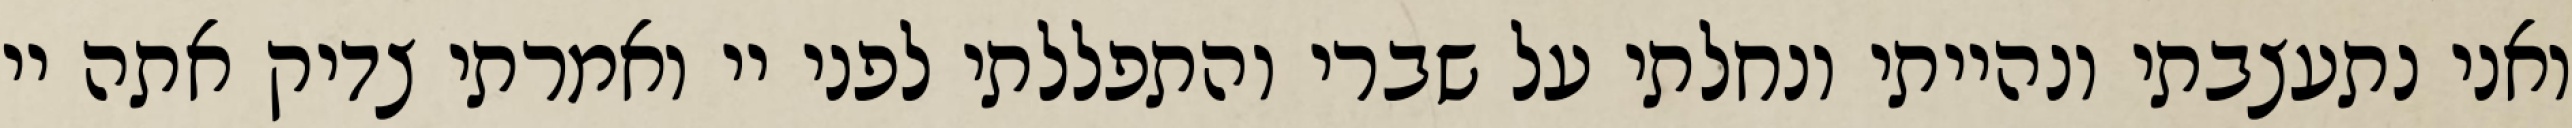
ואני נתעצבתי ונהייתי ונחלתי על שברי והתפללתי לפני יי ואמרתי צדיק אתה יי